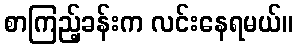
စာကြည့်ခန်းက လင်းနေရမယ်။